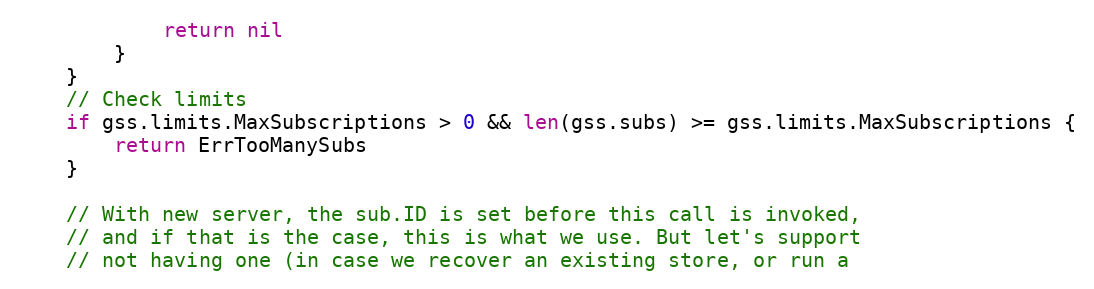
Language: Go
			return nil
		}
	}
	// Check limits
	if gss.limits.MaxSubscriptions > 0 && len(gss.subs) >= gss.limits.MaxSubscriptions {
		return ErrTooManySubs
	}

	// With new server, the sub.ID is set before this call is invoked,
	// and if that is the case, this is what we use. But let's support
	// not having one (in case we recover an existing store, or run a